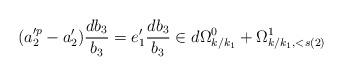
LaTeX: \begin{align*} (a_2'^p-a_2')\frac{db_3}{b_3}=e_1'\frac{db_3}{b_3} \in d \Omega^0_{k/k_1}+\Omega^1_{k/k_1,<s(2)}\end{align*}